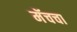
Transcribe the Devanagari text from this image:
मॅचचा